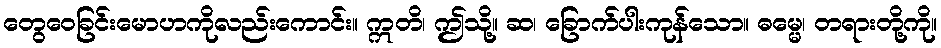
တွေဝေခြင်းမောဟကိုလည်းကောင်း။ ဣတိ၊ ဤသို့။ ဆ၊ ခြောက်ပါးကုန်သော။ ဓမ္မေ၊ တရားတို့ကို။